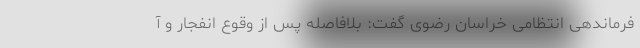
فرماندهی انتظامی خراسان‌ رضوی گفت: بلافاصله پس از وقوع انفجار و آ